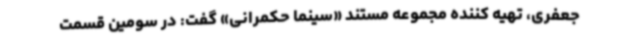
جعفری، تهیه کننده مجموعه مستند «سینما حکمرانی» گفت: در سومین قسمت